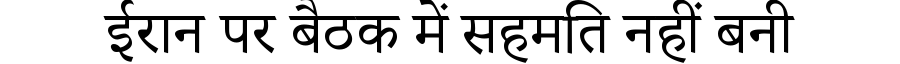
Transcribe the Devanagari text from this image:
ईरान पर बैठक में सहमति नहीं बनी